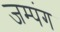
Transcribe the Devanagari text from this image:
जम्पंग